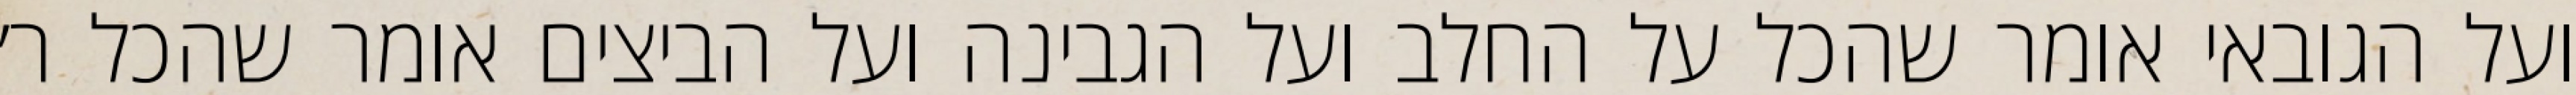
ועל הגובאי אומר שהכל על החלב ועל הגבינה ועל הביצים אומר שהכל ר׳